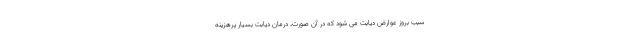
سبب بروز عوارض دیابت می شود که در آن صورت، درمان دیابت بسیار پرهزینه